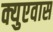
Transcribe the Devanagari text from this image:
क्युएवास